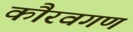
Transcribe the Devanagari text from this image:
कौरवगण